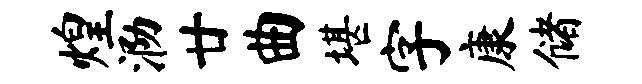
煌泐廿曲堪字康储